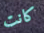
كانت